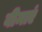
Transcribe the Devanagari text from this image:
बीमाएं